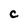
Character: C